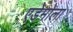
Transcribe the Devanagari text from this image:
एडेमोला